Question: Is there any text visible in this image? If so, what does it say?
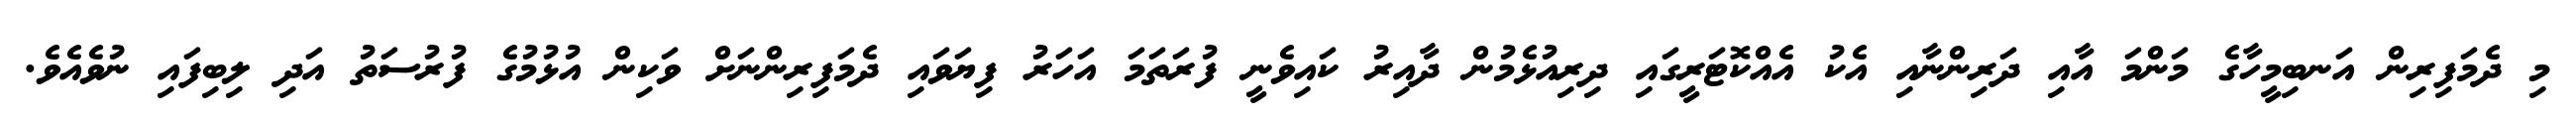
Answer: މި ދެމަފިރިން އަނބިމީހާގެ މަންމަ އާއި ދަރިންނާއި އެކު އެއްކޮޓަރީގައި ދިރިއުޅެމުން ދާއިރު ކައިވެނީ ފުރަތަމަ އަހަރު ފިޔަވައި ދެމަފިރިންނަށް ވަކިން އުޅުމުގެ ފުރުސަތު އަދި ލިބިފައި ނުވެއެވެ.